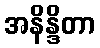
အနိန္ဒိတာ